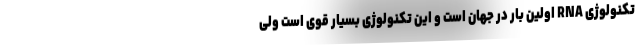
تکنولوژی RNA اولین بار در جهان است و این تکنولوژی بسیار قوی است ولی